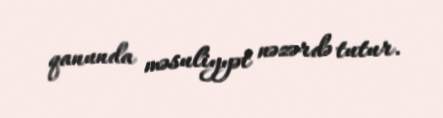
qanunda məsuliyyət nəzərdə tutur.